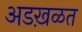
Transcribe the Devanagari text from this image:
अडख़ळत